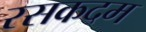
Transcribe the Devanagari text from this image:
रसकदम